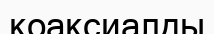
коаксиалды